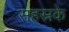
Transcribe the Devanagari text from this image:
सहस्रके